Vaccination in Bombay 1889-1901 - 1889-1901
Year: 1889
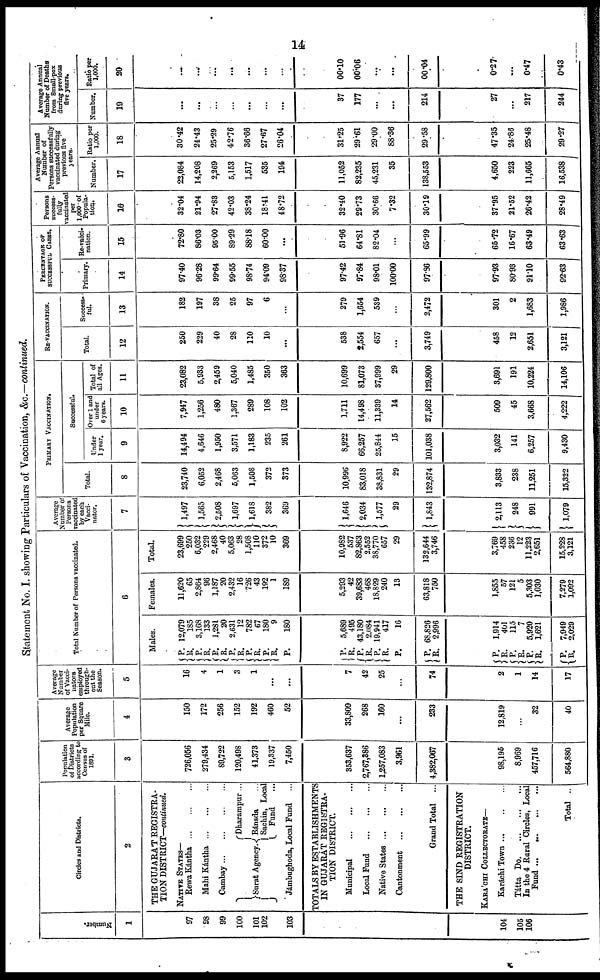
14
Statement No. I. showing Particulars of Vaccination, &c.—continued.
Number.
1
97
98
99
100
101
102
103
104
105
106
Circles and Districts.
2
THE GUJARAT REGISTRA-
TION DISTRICT—continued.
NATIVE STATES—
Rewa Kántha
...
...
...
Mahi Kántha
...
...
...
Cambay
...
...
...
Surat Agency.
Dharampur...
Bánsda ...
Sachin, Local
Fund ...
Jámbughoda, Local Fund ...
TOTALS BY ESTABLISHMENTS
IN GUJARAT REGISTRA¬
TION DISTRICT.
Municipal
...
...
...
Local Fund
...
...
...
Native States
...
...
...
Cantonment
...
...
...
Grand Total
...
THE SIND REGISTRATION
DISTRICT.
KARA'CHI COLLECTORATE—
Karachi Town
...
...
...
Tátta Do
...
...
...
In the 4 Rural Circles, Local
Fund
...
...
...
...
Total ..
Population
of Districts
according to
Census of
1801.
3
726,056
279,434
89,722
120,498
41,373
19,337
7,450
353,637
2,767,386
1,257,083
3,961
4,382,067
98,195
8,969
457,716
564,880
Average
Population
per Square
Mile.
4
150
172
256
152
192
460
52
33,809
268
160
...
233
12,819
...
32
40
Average
Number
of Vacci¬
nators
employed
through-
out the
Season.
5
16
4
1
3
1
...
...
7
42
25
...
74
2
1
14
17
Total Number of Persons vaccinated.
6
Males.
P.
R.
P.
R. P.
R. P.
R.
P.
R.
P.
R.
P.
P.
R.
P.
R. P.
R.
P.
P.
R.
P.
R.
P.
R
P.
R.
P.
R.
12,079
185
3,168
133
1,281
20
2,631
12
782
67
180
9
180
5,689
495
43,180
2,084
19,941
417
16
68,826
2,996
1.914
401
115
7
5,920
1,621
7,949
2,029
Females.
11,620
65
2,864
96
1,187
20
2,432
16
726
43
192
1
189
5,293
42
39,683
468
18,829
240
13
63,818
750
1,855
57
121
5
5,303
1,030
7,279
1,092
Total.
23,699
250
6,032
229
2,468
40
5,063
28
1,508
110
372
10
369
10,982
537
82,863
2,552
38,770
657
29
132,644
3,746
3,769
458
236
12
11,223
2,651
15,228
3,121
Average
Number of
Persons
vaccinated
by each
Vacci¬
nator.
7
1,497
1,565
2,508
1,697
1,618
382
369
1,646
2,034
1,577
29
1,843
2,113
248
991
1,079
PRIMARY VACCINATION.
Successful.
Total.
8
23,740
6,052
2,468
5,063
1,508
372
373
10,996
83,018
38,831
29
132,874
3,833
238
11,251
15,322
Under
1 year.
9
14,494
4,646
1,950
3,571
1,183
235
261
8,922
66,257
25,844
15
101,038
3,032
141
6,257
9,430
Over 1 and
under
6 years.
10
7,947
1,256
480
1,367
289
108
102
1,711
14,498
11,339
14
27,562
.
509
45
3,668
4,222
Total of
all Ages.
11
23,082
5,933
2,459
5,040
1,485
350
363
10,699
81,073
37,999
29
129,800
3,691
191
10,224
14,106
RE-VACCINATION.
Total.
12
250
229
40
28
110
10
...
538
2,554
657
...
3,749
458
12
2,651
3,121
Success¬
ful.
13
182
197
38
25
97
6
...
279
1,654
589
...
2,472
301
2
1,683
1,986
PERCENTAGE OF
SUCCESSFUL CASES.
Primary.
14
97.40
96.28
99.64
99.55
98.74
94.09
98.37
97.42
97.84
98.01
100.00
97.86
9793
80.93
91.10
92.63
Re-vacci-
nation.
15
72.80
86.03
95.00
89.29
88.18
60.00
...
51.96
64.81
82.04
...
65.99
65.72
16.67
63.49
63.63
Persons
success-
fully
vaccinated
per
1,000 of
Popula-
tion.
16
32.04
21.94
27.83
42.03
38.24
18.41
48.72
32.40
29.73
30.66
7.32
30.19
37.95
21.52
26.42
28.49
Average Annual
Number of
Persons successfully
vaccinated during
previous five
years.
Number.
17
22,084
14,208
2,269
5,153
1,517
535
194
11,052
82,235
45,231
35
138,553
4,650
223
11,665
16,538
Ratio per
1,000.
18
30.42
24.43
25.29
42.76
36.66
27.67
26.04
31.25
29.61
29.00
88.36
29.58
47.35
24.86
25.48
29.27
Average Annual
Number of Deaths
from Small-pox
during previous
five years.
Number.
19
...
...
...
...
...
...
...
37
177
...
...
214
27
...
217
244
Ratio per
1,000.
20
...
...
...
...
...
...
...
00.10
00.06
...
...
00.04
0.27
...
0.47
0.43